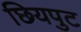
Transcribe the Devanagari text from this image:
छियपुट